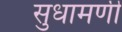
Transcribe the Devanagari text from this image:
सुधामणी